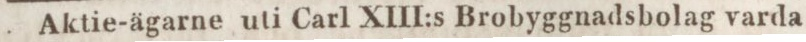
Aktie-ägarne uti Carl XIII:s Brobyggnadsbolag varda